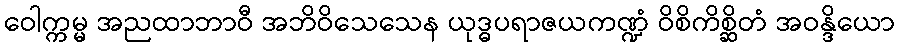
ဝေါက္ကမ္မ အညထာဘာဝီ အဘိဝိသေသေန ယုဒ္ဓပရာဇယကဏ္ဍံ ဝိစိကိစ္ဆိတံ အဝန္ဒိယော